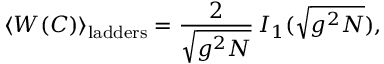
\left< W ( C ) \right> _ { \mathrm { l a d d e r s } } = \frac { 2 } { \sqrt { g ^ { 2 } N } } \, I _ { 1 } ( \sqrt { g ^ { 2 } N } ) ,